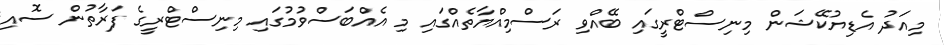
މިއަދު އެޑިޔުކޭޝަން މިނިސްޓްރީގައި ބޭއްވި ރަސްމިއްޔާތެއްގައި މި އެއްބަސްވުމުގައި މިނިސްޓްރީގެ ފަރާތުން ސޮއި